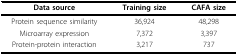
| Data source | Training size | CAFA size |
 | --- | --- | --- |
 | Protein sequence similarity | 36,924 | 48,298 |
 | Microarray expression | 7,372 | 3,397 |
 | Protein-protein interaction | 3,217 | 737 |